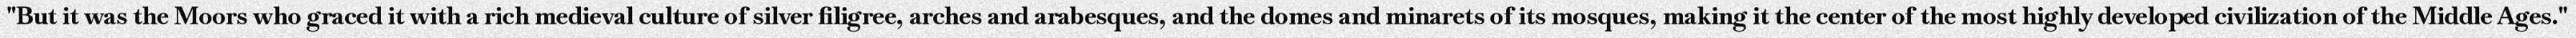
"But it was the Moors who graced it with a rich medieval culture of silver filigree, arches and arabesques, and the domes and minarets of its mosques, making it the center of the most highly developed civilization of the Middle Ages."